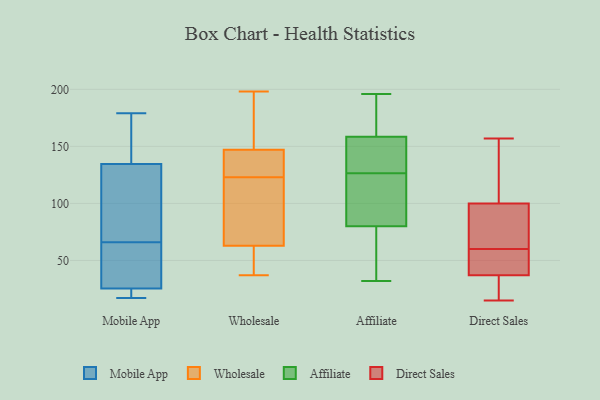
{"axis": {"x": "Page Views", "y": "Value"}, "legend": ["Affiliate", "Direct Sales", "Mobile App", "Wholesale"], "data": [{"x": "", "y": 66, "type": "Mobile App"}, {"x": "", "y": 179, "type": "Mobile App"}, {"x": "", "y": 17, "type": "Mobile App"}, {"x": "", "y": 36, "type": "Mobile App"}, {"x": "", "y": 169, "type": "Mobile App"}, {"x": "", "y": 107, "type": "Mobile App"}, {"x": "", "y": 17, "type": "Mobile App"}, {"x": "", "y": 40, "type": "Mobile App"}, {"x": "", "y": 109, "type": "Mobile App"}, {"x": "", "y": 143, "type": "Mobile App"}, {"x": "", "y": 22, "type": "Mobile App"}, {"x": "", "y": 131, "type": "Wholesale"}, {"x": "", "y": 163, "type": "Wholesale"}, {"x": "", "y": 145, "type": "Wholesale"}, {"x": "", "y": 68, "type": "Wholesale"}, {"x": "", "y": 118, "type": "Wholesale"}, {"x": "", "y": 61, "type": "Wholesale"}, {"x": "", "y": 37, "type": "Wholesale"}, {"x": "", "y": 63, "type": "Wholesale"}, {"x": "", "y": 41, "type": "Wholesale"}, {"x": "", "y": 116, "type": "Wholesale"}, {"x": "", "y": 128, "type": "Wholesale"}, {"x": "", "y": 198, "type": "Wholesale"}, {"x": "", "y": 147, "type": "Wholesale"}, {"x": "", "y": 176, "type": "Wholesale"}, {"x": "", "y": 32, "type": "Affiliate"}, {"x": "", "y": 124, "type": "Affiliate"}, {"x": "", "y": 163, "type": "Affiliate"}, {"x": "", "y": 129, "type": "Affiliate"}, {"x": "", "y": 141, "type": "Affiliate"}, {"x": "", "y": 90, "type": "Affiliate"}, {"x": "", "y": 50, "type": "Affiliate"}, {"x": "", "y": 196, "type": "Affiliate"}, {"x": "", "y": 192, "type": "Affiliate"}, {"x": "", "y": 154, "type": "Affiliate"}, {"x": "", "y": 77, "type": "Affiliate"}, {"x": "", "y": 117, "type": "Affiliate"}, {"x": "", "y": 83, "type": "Affiliate"}, {"x": "", "y": 133, "type": "Affiliate"}, {"x": "", "y": 64, "type": "Affiliate"}, {"x": "", "y": 188, "type": "Affiliate"}, {"x": "", "y": 38, "type": "Direct Sales"}, {"x": "", "y": 28, "type": "Direct Sales"}, {"x": "", "y": 157, "type": "Direct Sales"}, {"x": "", "y": 151, "type": "Direct Sales"}, {"x": "", "y": 72, "type": "Direct Sales"}, {"x": "", "y": 37, "type": "Direct Sales"}, {"x": "", "y": 15, "type": "Direct Sales"}, {"x": "", "y": 23, "type": "Direct Sales"}, {"x": "", "y": 71, "type": "Direct Sales"}, {"x": "", "y": 148, "type": "Direct Sales"}, {"x": "", "y": 41, "type": "Direct Sales"}, {"x": "", "y": 100, "type": "Direct Sales"}, {"x": "", "y": 67, "type": "Direct Sales"}, {"x": "", "y": 84, "type": "Direct Sales"}, {"x": "", "y": 34, "type": "Direct Sales"}, {"x": "", "y": 43, "type": "Direct Sales"}, {"x": "", "y": 53, "type": "Direct Sales"}, {"x": "", "y": 112, "type": "Direct Sales"}]}